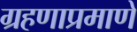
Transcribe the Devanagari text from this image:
ग्रहणाप्रमाणे